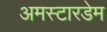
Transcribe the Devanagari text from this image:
अमस्टारडेम